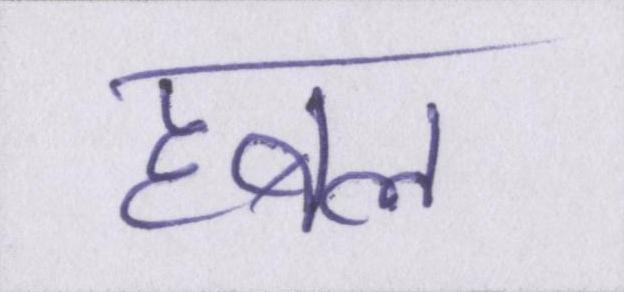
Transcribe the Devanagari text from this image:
हबल